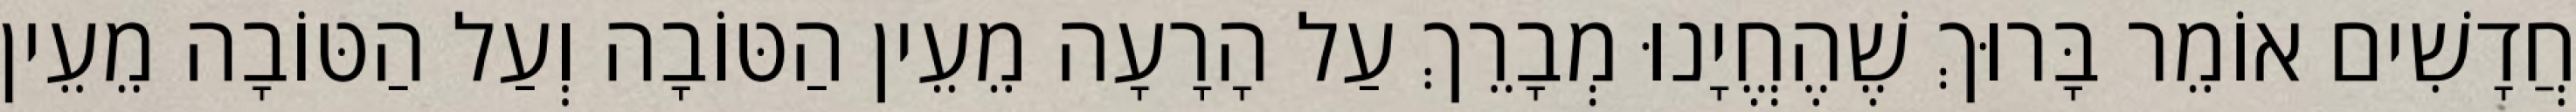
חֲדָשִׁים אוֹמֵר בָּרוּךְ שֶׁהֶחֱיָנוּ מְבָרֵךְ עַל הָרָעָה מֵעֵין הַטּוֹבָה וְעַל הַטּוֹבָה מֵעֵין